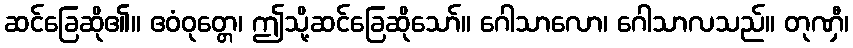
ဆင်ခြေဆို၏။ ဧဝံဝုတ္တေ၊ ဤသို့ဆင်ခြေဆိုသော်။ ဂေါသာလော၊ ဂေါသာလသည်။ တုဏှီ၊